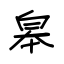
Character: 皋